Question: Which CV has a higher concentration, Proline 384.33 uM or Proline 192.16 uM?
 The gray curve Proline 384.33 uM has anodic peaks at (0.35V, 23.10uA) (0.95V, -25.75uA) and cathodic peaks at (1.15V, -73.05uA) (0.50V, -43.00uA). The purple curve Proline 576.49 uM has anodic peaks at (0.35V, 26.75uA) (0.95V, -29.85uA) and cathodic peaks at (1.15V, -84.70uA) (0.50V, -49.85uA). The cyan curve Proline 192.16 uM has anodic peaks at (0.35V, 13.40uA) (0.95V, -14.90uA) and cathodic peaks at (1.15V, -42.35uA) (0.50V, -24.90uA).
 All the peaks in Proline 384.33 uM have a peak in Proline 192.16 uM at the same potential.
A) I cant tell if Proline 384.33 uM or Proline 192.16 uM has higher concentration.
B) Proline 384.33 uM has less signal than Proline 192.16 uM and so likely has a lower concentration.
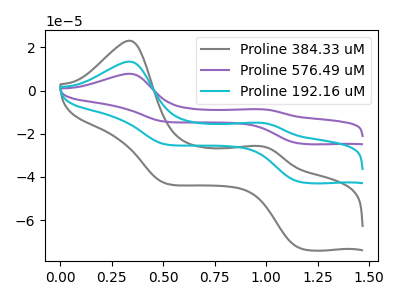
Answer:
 <answer>A) I cant tell if "Proline 384.33 uM" or "Proline 192.16 uM" has higher concentration.</answer>
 <eval>A</eval>